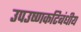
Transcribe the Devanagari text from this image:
उपउष्णकटिबंधीय